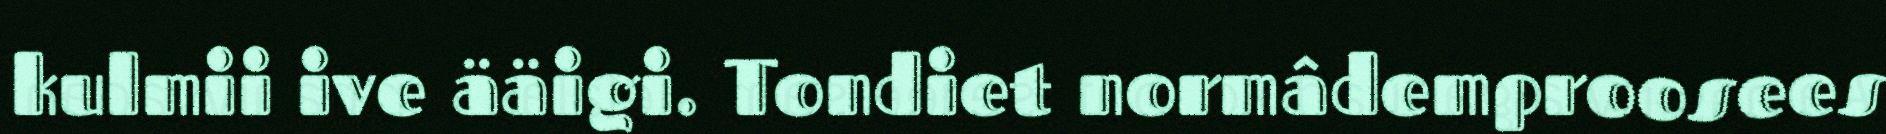
kulmii ive ääigi. Tondiet normâdemproosees